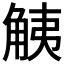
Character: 𧣧